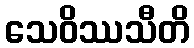
သေဝိဿသီတိ